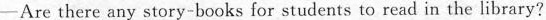
-Are there any story-books for students to read in the library?